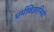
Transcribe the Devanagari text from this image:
धर्मविज्ञानियों